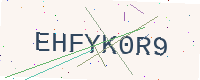
Text: EHFYK0R9